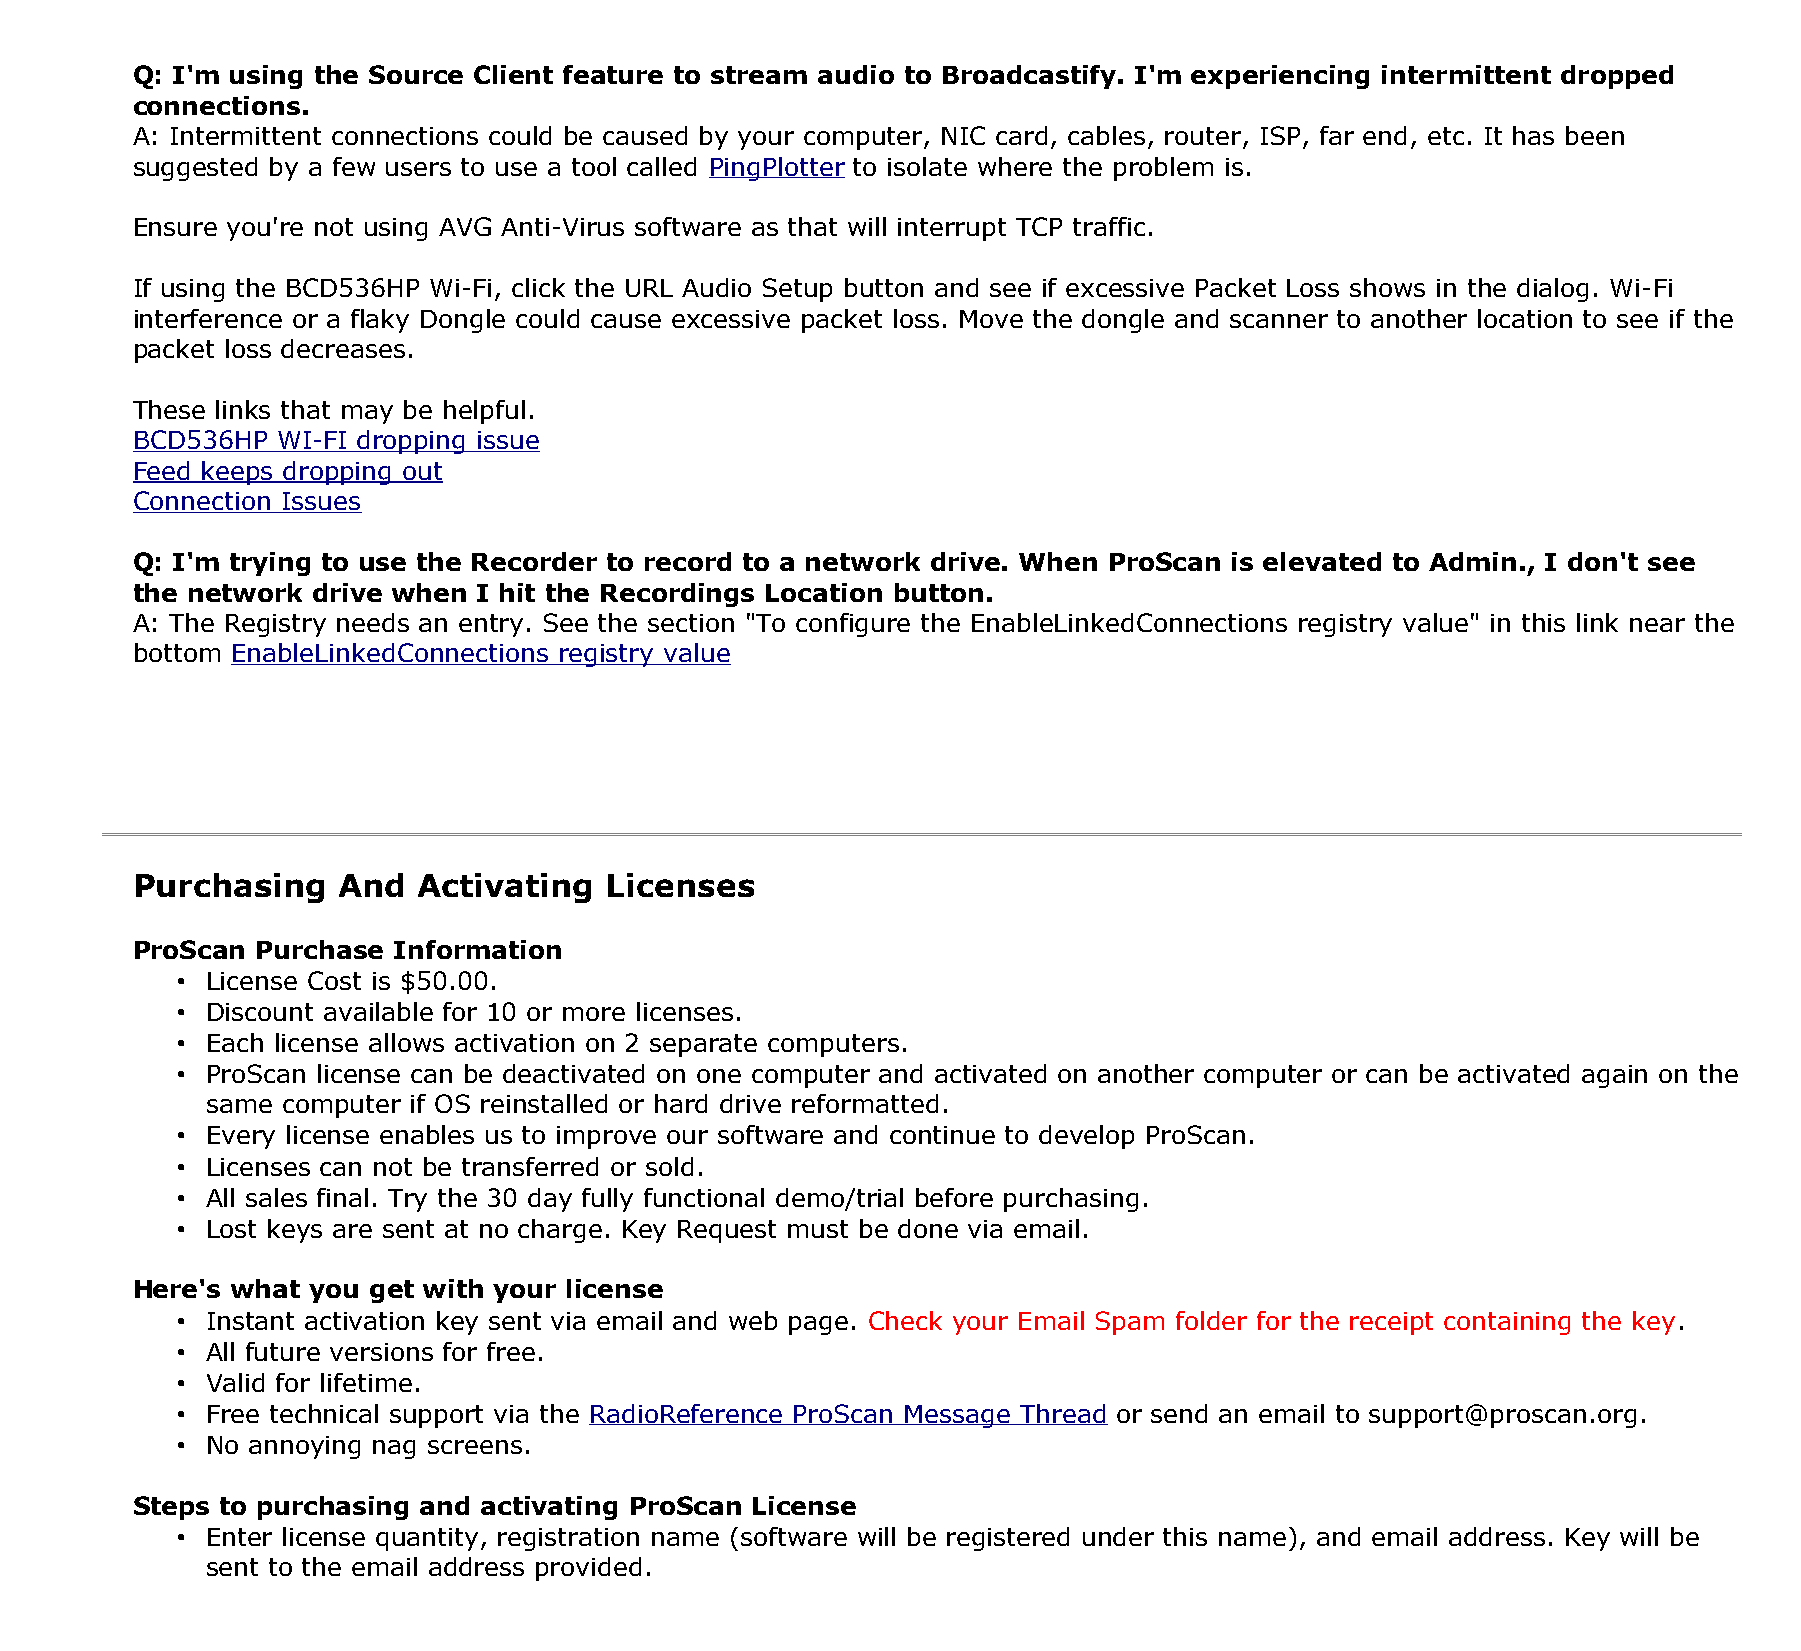
Q: I'm using the Source Client feature to stream audio to Broadcastify. I'm experiencing intermittent dropped
 connections.
 A: Intermittent connections could be caused by your computer, NIC card, cables, router, ISP, far end, etc. It has been
 suggested by a few users to use a tool called PingPlotter to isolate where the problem is.
 Ensure you're not using AVG Anti-Virus software as that will interrupt TCP traffic.
 If using the BCD536HP Wi-Fi, click the URL Audio Setup button and see if excessive Packet Loss shows in the dialog. Wi-Fi
 interference or a flaky Dongle could cause excessive packet loss. Move the dongle and scanner to another location to see if the
 packet loss decreases.
 These links that may be helpful.
 BCD536HP WI-FI dropping issue
 Feed keeps dropping out
 Connection Issues
 Q: I'm trying to use the Recorder to record to a network drive. When ProScan is elevated to Admin., I don't see
 the network drive when I hit the Recordings Location button.
 A: The Registry needs an entry. See the section "To configure the EnableLinkedConnections registry value" in this link near the
 bottom EnableLinkedConnections registry value
 Purchasing   And   Activating  Licenses
 ProScan Purchase Information
 • License Cost is $50.00.
 • Discount available for 10 or more licenses.
 • Each license allows activation on 2 separate computers.
 • ProScan license can be deactivated on one computer and activated on another computer or can be activated again on the
 same computer if OS reinstalled or hard drive reformatted.
 • Every license enables us to improve our software and continue to develop ProScan.
 • Licenses can not be transferred or sold.
 • All sales final. Try the 30 day fully functional demo/trial before purchasing.
 • Lost keys are sent at no charge. Key Request must be done via email.
 Here's what you get with your license
 • Instant activation key sent via email and web page. Check your Email Spam folder for the receipt containing the key.
 • All future versions for free.
 • Valid for lifetime.
 • Free technical support via the RadioReference ProScan Message Thread or send an email to support@proscan.org.
 • No annoying nag screens.
 Steps to purchasing and activating ProScan License
 • Enter license quantity, registration name (software will be registered under this name), and email address. Key will be
 sent to the email address provided.